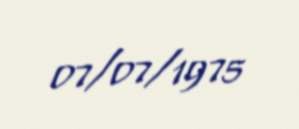
07/07/1975